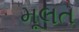
મૂલત